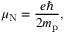
\mu _ { \mathrm { N } } = { \frac { e \hbar } { 2 m _ { \mathrm { p } } } } ,